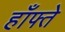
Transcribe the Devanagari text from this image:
हाँफ्ते